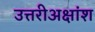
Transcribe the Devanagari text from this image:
उत्तरीअक्षांश